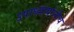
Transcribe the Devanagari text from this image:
उपाध्यायांनीच